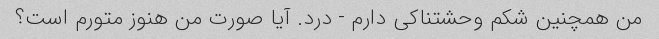
من همچنین شکم وحشتناکی دارم - درد. آیا صورت من هنوز متورم است؟